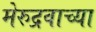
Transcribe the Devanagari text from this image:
मेरुद्रवाच्या